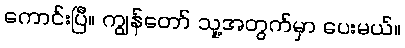
ကောင်းပြီ။ ကျွန်တော် သူ့အတွက်မှာ ပေးမယ်။